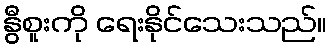
နွီစူးကို ရေးနိုင်သေးသည်။